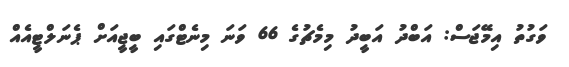
ވަގުތު އިމޭޖަސް: އަބްދު އަބީދު މިމެޗުގެ 66 ވަނަ މިނެޓްގައި ބީޖީއަށް ޕެނަލްޓީއެއް